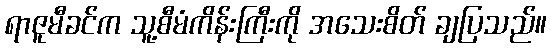
ရာဇူမီခင်က သူ့စီမံကိန်းကြီးကို အသေးစိတ် ချပြသည်။